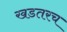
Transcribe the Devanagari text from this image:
खडतरच